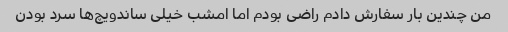
من چندین بار سفارش دادم راضی بودم اما امشب خیلی ساندویچ‌ها سرد بودن